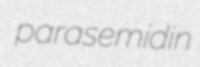
parasemidin